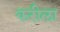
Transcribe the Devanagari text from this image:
करीला